Vaccination in Burma 1889-1999 - 1889-1999
Year: 1889
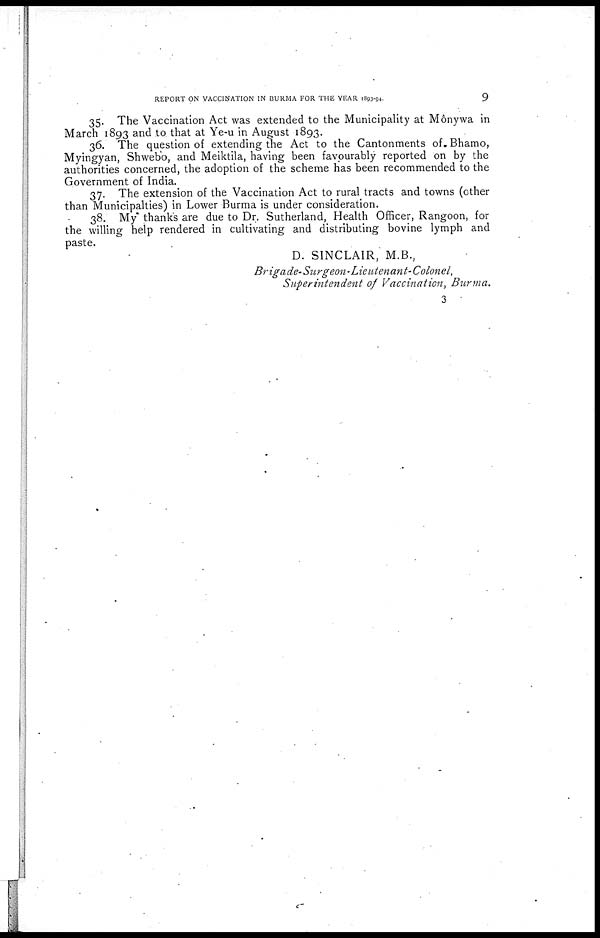
REPORT ON VACCINATION IN BURMA FOR THE YEAR 1893-94.
9
35. The Vaccination Act was extended to the Municipality at Mônywa in
March 1893 and to that at Ye-u in August 1893.
36. The question of extending the Act to the Cantonments of. Bhamo,
Myingyan, Shwebo, and Meiktila, having been favourably reported on by the
authorities concerned, the adoption of the scheme has been recommended to the
Government of India.
37. The extension of the Vaccination Act to rural tracts and towns (other
than Municipalties) in Lower Burma is under consideration.
38. My thank's are due to Dr. Sutherland, Health Officer, Rangoon, for
the willing help rendered in cultivating and distributing bovine lymph and
paste.
D. SINCLAIR, M.B.,
Brigade-Surgeon-Lieutenant-Colonel,
Superintendent of Vaccination, Burma.
3